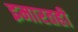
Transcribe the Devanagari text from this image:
इमारतही